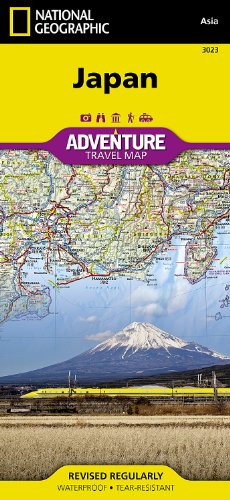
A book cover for Japan (National Geographic Adventure Map); National Geographic Maps - Adventure; Travel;